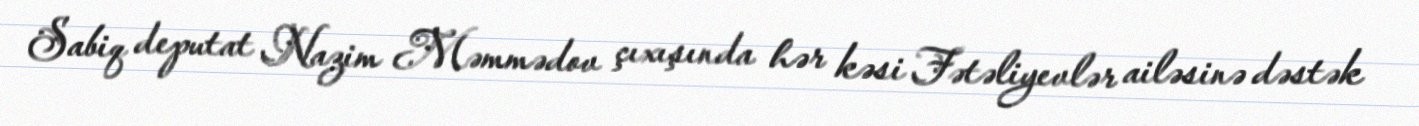
Sabiq deputat Nazim Məmmədov çıxışında hər kəsi Fətəliyevlər ailəsinə dəstək